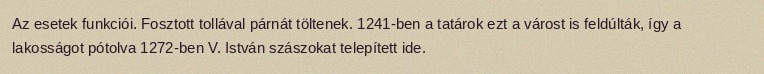
Az esetek funkciói. Fosztott tollával párnát töltenek. 1241-ben a tatárok ezt a várost is feldúlták, így a lakosságot pótolva 1272-ben V. István szászokat telepített ide.